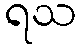
ရသ